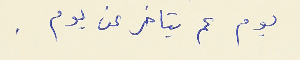
يوم عم يتاخر عن يوم .